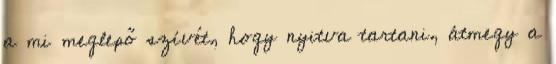
a mi meglepő szívét, hogy nyitva tartani, átmegy a